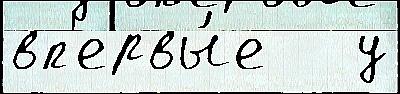
вп'ервы́е   у